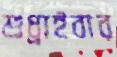
শুধ্‌রাইবার